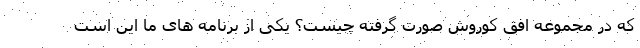
که در مجموعه افق کوروش صورت گرفته چیست؟ یکی از برنامه های ما این است